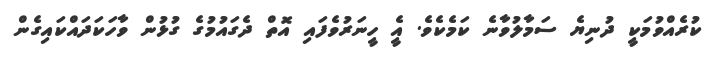
ކުރެއްވުމަކީ ދުނިޔެ ސަމާލުވާނެ ކަމެކެވެ. އެީ ހީނަރުވެފައި އޮތް ދެގައުމުގެ ގުޅުން ވާހަކަދައްކައިގެން